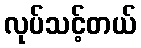
လုပ်သင့်တယ်